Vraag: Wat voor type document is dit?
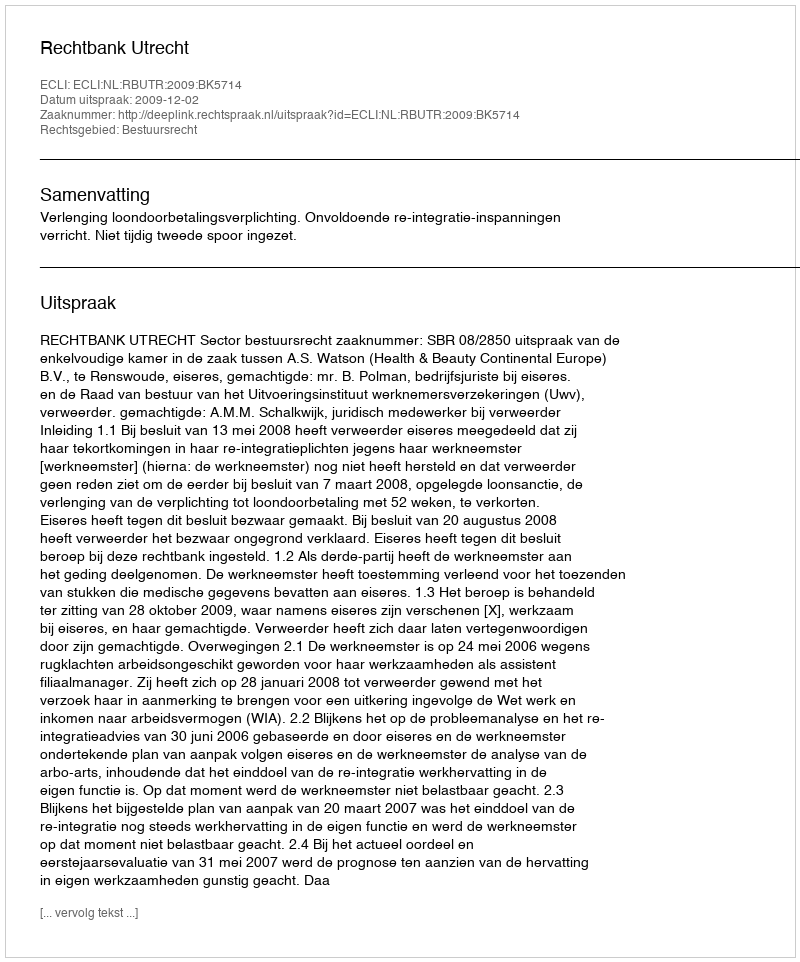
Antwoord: Uitspraak